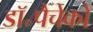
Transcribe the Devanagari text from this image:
डॉ॰पैचेको